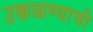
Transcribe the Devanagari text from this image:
उकळण्याची